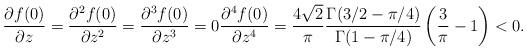
LaTeX: \begin{align*}\frac{\partial f(0)}{\partial z}=\frac{\partial^2 f(0)}{\partial z^2}=\frac{\partial^3 f(0)}{\partial z^3}=0\frac{\partial^4 f(0)}{\partial z^4}&=\frac{4\sqrt{2}}{\pi}\frac{\Gamma(3/2-\pi/4)}{\Gamma(1-\pi/4)}\left(\frac{3}{\pi}-1 \right)<0.\end{align*}